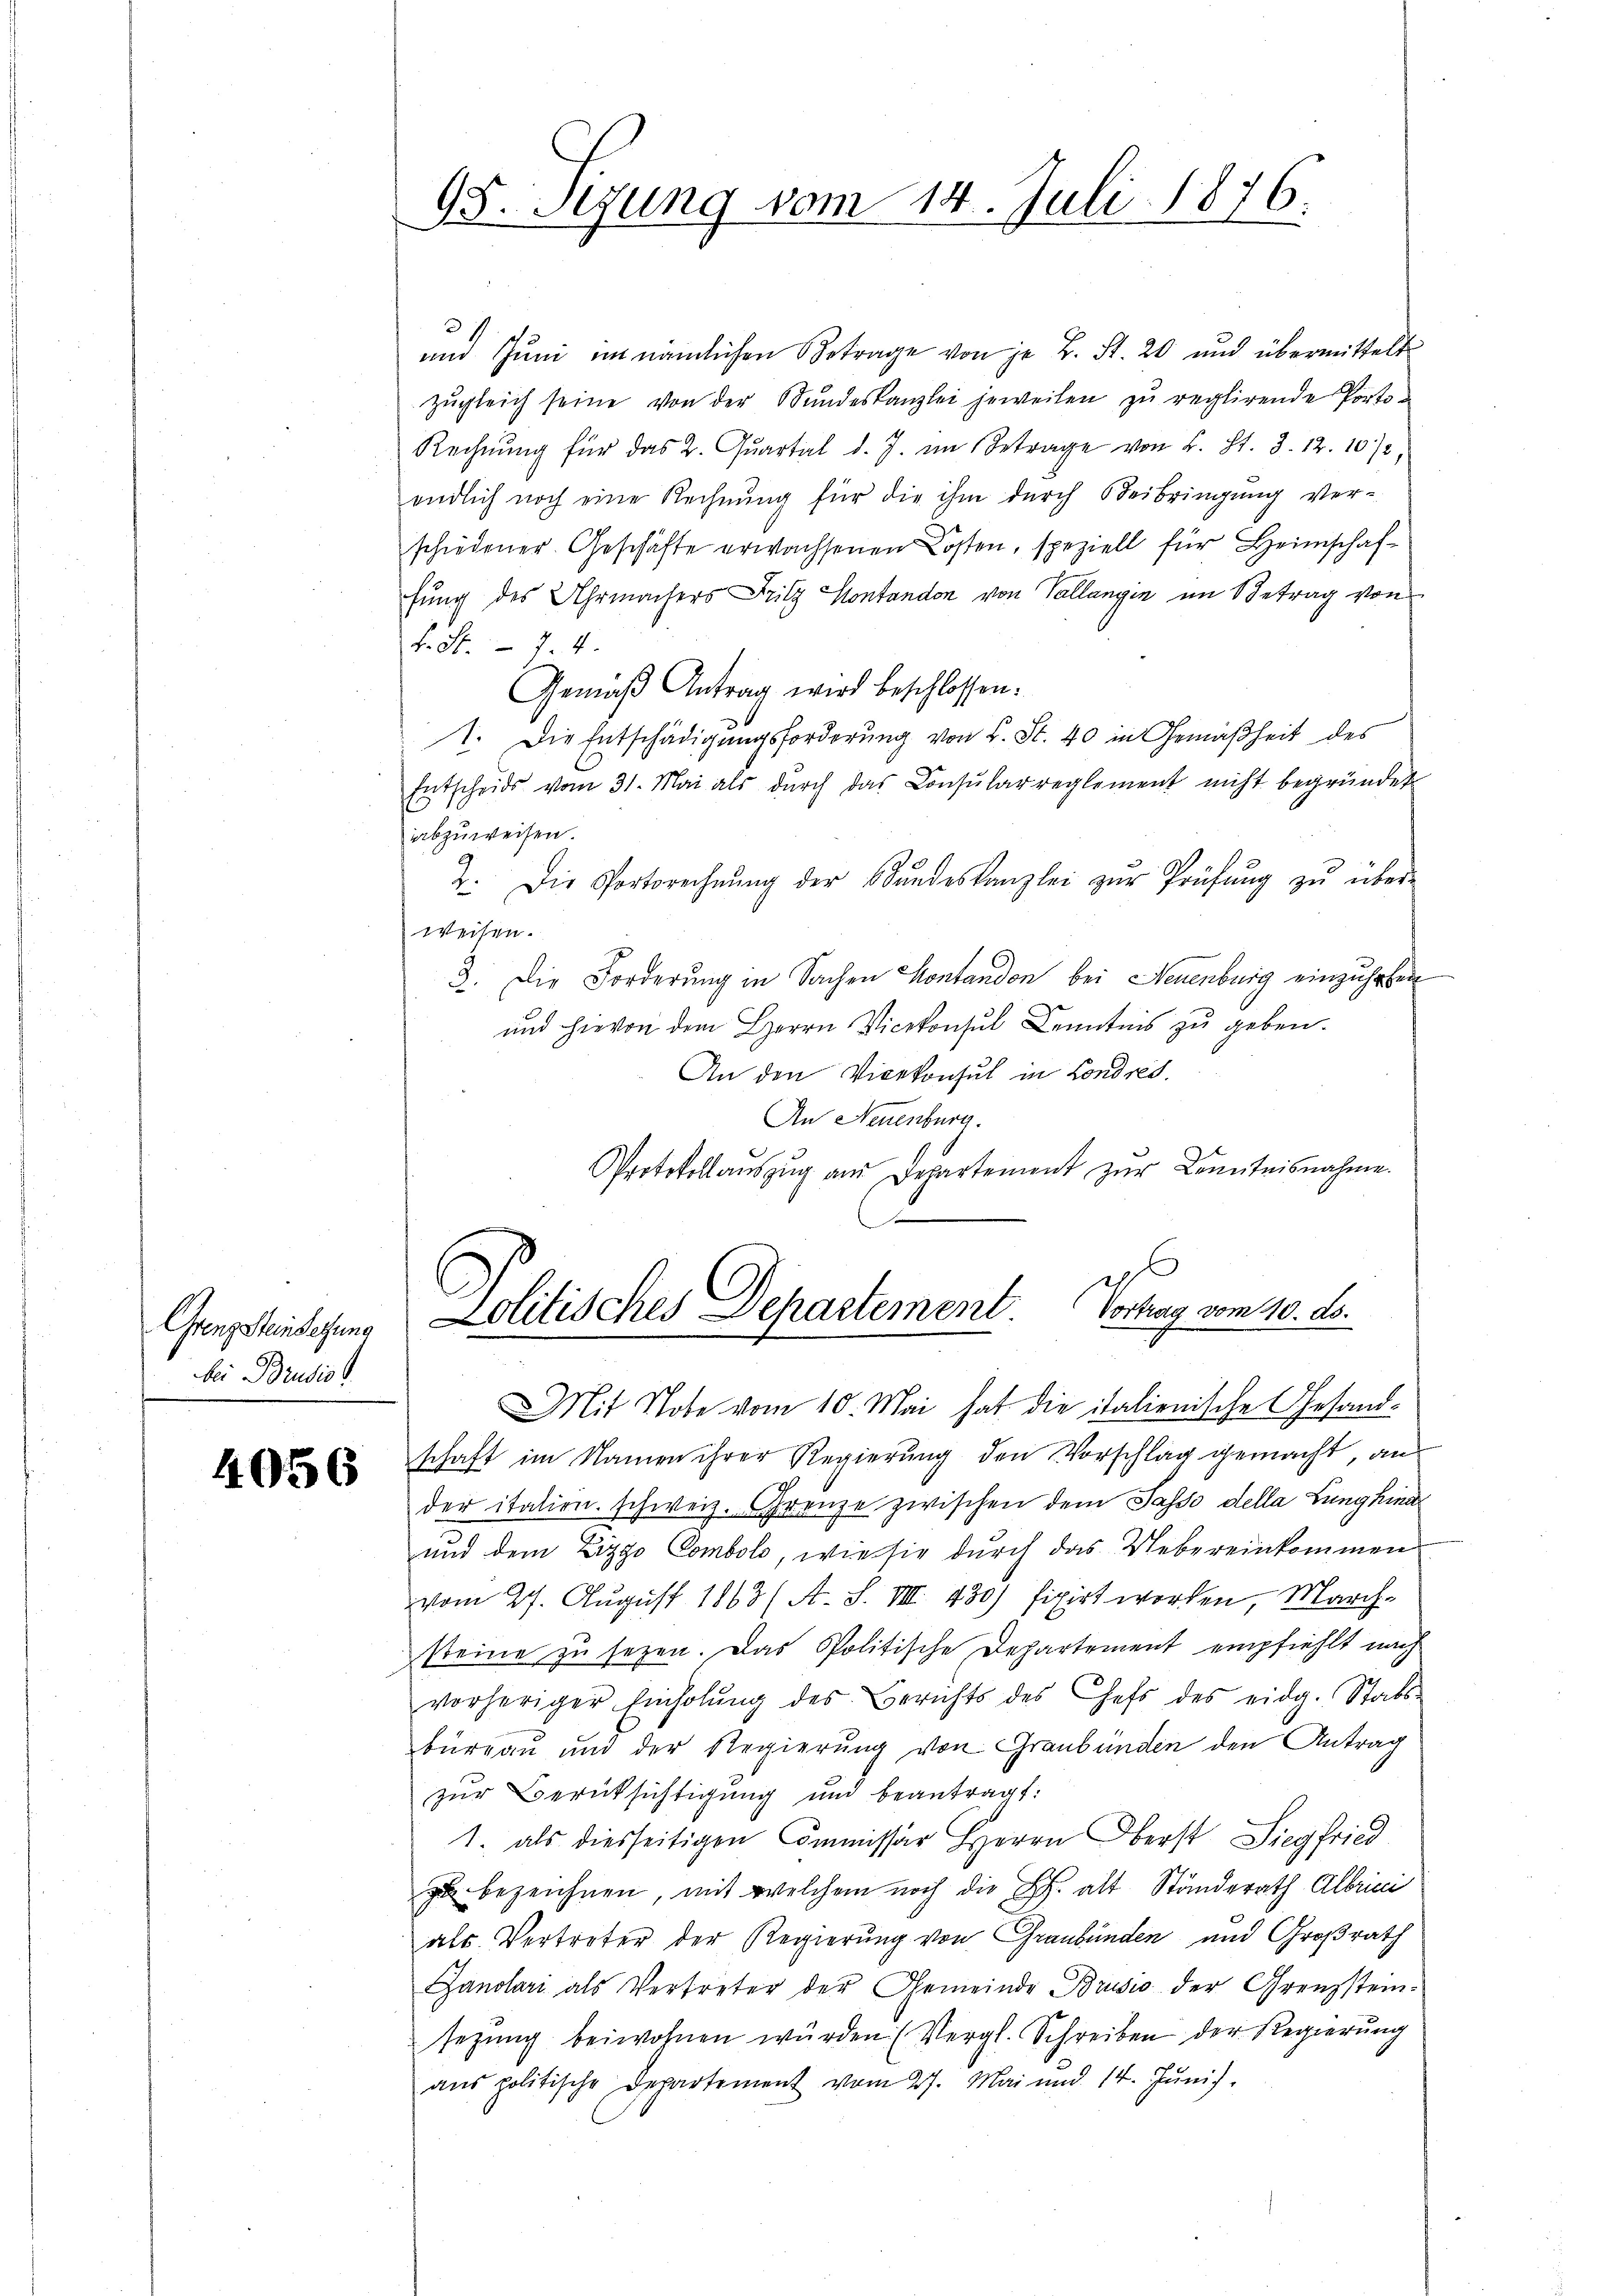
Grenz Steinsetzung
bei Brusio

4056

3
und Juni in nämlichen Betrage von je L. St. 20 und übermittelt
zŭgleich seine von der Bundeskanzlei jeweilen zu reglirende Porto-
Rechnung für das 2. Quartal d. J. im Betrage von L. St. 3. 12. 10/2
endlich noch eine Rechnŭng für die ihm durch Beibringŭng ver-
schiedener Geschäfte erwachsenen Kosten, speziell für Heimschaffung des Uhrmachers Fritz Montandon von Vallangin im Betrag von
k. S. 74
Gemäß Antrag wird beschlossen:
1. Die Entschädigungsforderung von L. St. 40 in Gemäßheit des
Entscheids vom 31. Mai als dŭrch das Consularreglement nicht begründet.
abzuweisen.
2. Die Portsrechnŭng der Bŭndeskanzlei zŭr Prüfŭng zŭ über-
weisen.
2. Die Forderung in Sachen Kontanden bei Neuenburg einzuhohen
und hievon dem Herrn Vicekonsul Kenntnis zu geben.
An den Vicekonsul in Londred.
An Neuenburg.
Protokollauszug am Departement zur Kenntnisnahme.

95. Sezung vom 14. Juli 1876.

e
Lolitisches Departement. Vortrag vom 10. ds.

Mit Note vom 10. Mai hat die italienische Gesandschaft im Namen ihrer Regierung den Vorschlag gemacht, aus
der italien. Schweiz. Grenze zwischen dem Sasso della Lunghind
und dem Lizzo Combolo, wie sie durch das Uebereinkommen
vom 27. August 1863/ A. S. VIII 430) fixirt worden, March-
steine zu sezen. Das Politische Departement empfiehlt nach
vorheriger Einholŭng des Berichts des Chefs des eidg. Stabs-
burgau und der Regierŭng von Graubünden den Antrag
zur Berücksichtigung und beantragt:
1. als diesseitigen Commissär Herrn Oberst Siegfried
zu bezeichnen, mit welchem noch die h. alt Ständerath Albrin
als Vertreter der Regierung von Graubünden und Großrath
Ganolari als Vertreter der Gemeinde Brusio der Grenzstein-
sezung beiwohnen würden. (Vergl. Schreiben der Regierung
ans politische Departement vom 27. Mai und 14. Jŭnis.